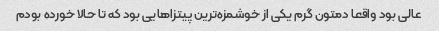
عالی بود واقعا دمتون گرم یکی از خوشمزه‌ترین پیتزاهایی بود که تا حالا خورده بودم